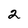
Character: 2